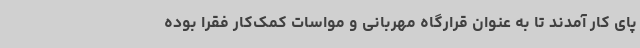
پای کار آمدند تا به عنوان قرارگاه مهربانی و مواسات کمک‌کار فقرا بوده